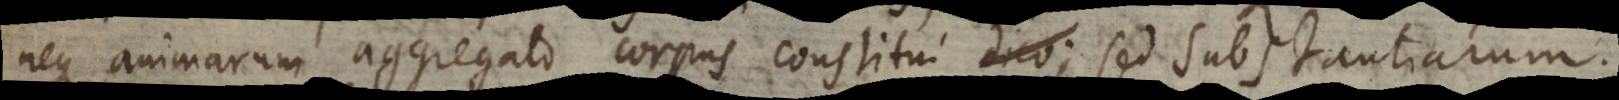
e animarum aggregato corpus constitui; sed substantiarum.